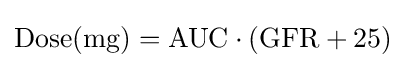
\mathrm {Dose} (\mathrm {mg} )=\mathrm {AUC} \cdot (\mathrm {GFR} +25)